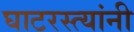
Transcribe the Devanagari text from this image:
घाटरस्त्यांनी